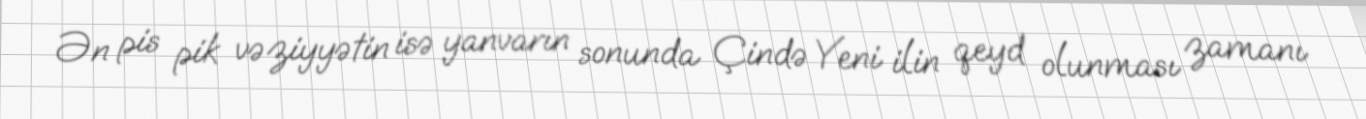
Ən pis pik vəziyyətin isə yanvarın sonunda Çində Yeni ilin qeyd olunması zamanı